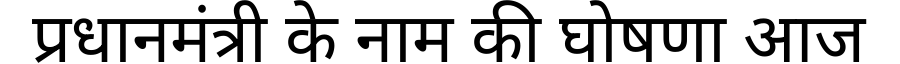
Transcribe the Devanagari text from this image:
प्रधानमंत्री के नाम की घोषणा आज